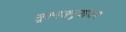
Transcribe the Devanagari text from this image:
सूक्ष्मअनुयोजन